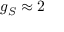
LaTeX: g _ { S } \approx 2